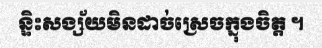
ន្ទិះសង្ស័យមិនដាច់ស្រេចក្នុងចិត្ត ។